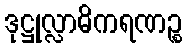
ဒုဋ္ဌုလ္လာဓိကရဏဉ္စ